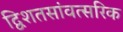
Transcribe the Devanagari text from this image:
द्विशतसांवत्सरिक